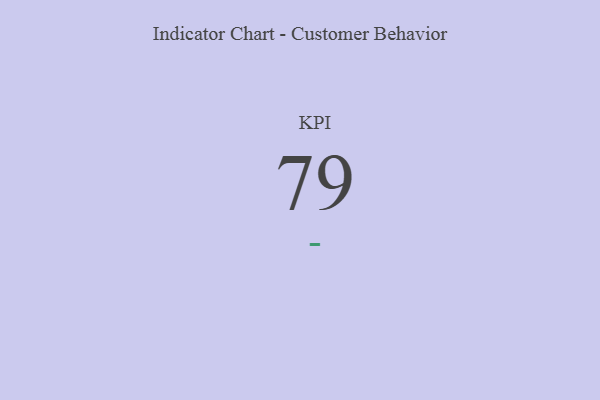
{"axis": {"x": "KPI", "y": "Value"}, "legend": [""], "data": [{"x": "KPI", "y": 79, "type": ""}]}